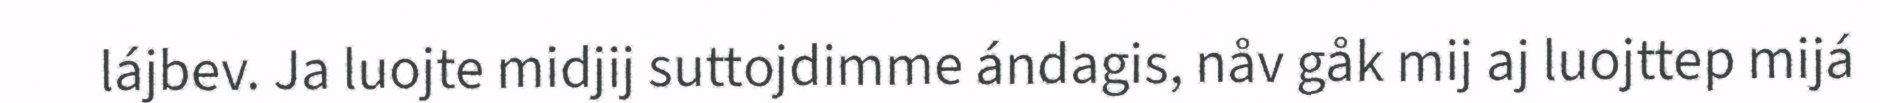
lájbev. Ja luojte midjij suttojdimme ándagis, nåv gåk mij aj luojttep mijá